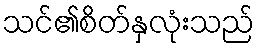
သင်၏စိတ်နှလုံးသည်